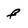
Character: f